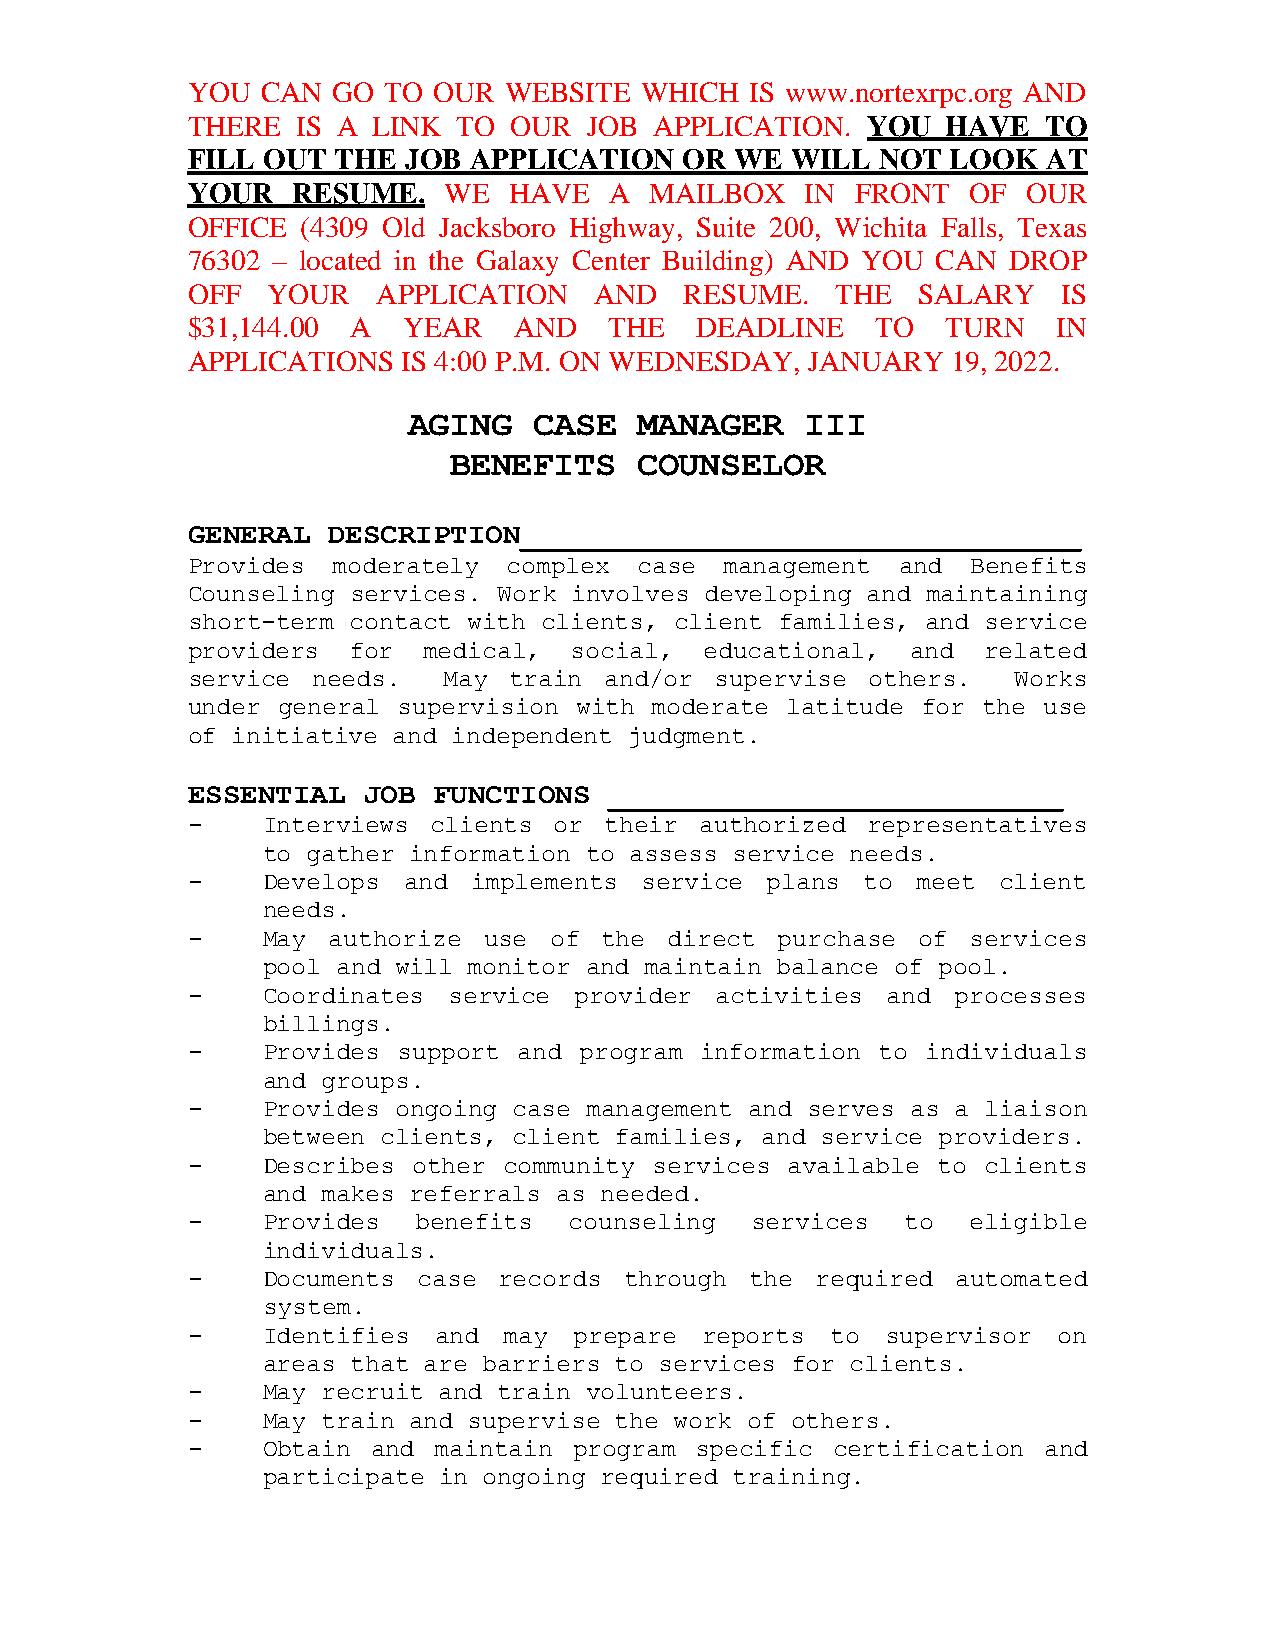
YOU  CAN  GO TO  OUR WEBSITE  WHICH   IS www.nortexrpc.org AND
 THERE   IS A LINK TO  OUR  JOB APPLICATION.  YOU   HAVE  TO
 FILL OUT  THE  JOB APPLICATION   OR  WE WILL  NOT  LOOK  AT
 YOUR   RESUME.   WE   HAVE  A  MAILBOX   IN  FRONT  OF  OUR
 OFFICE  (4309 Old Jacksboro Highway, Suite 200, Wichita Falls, Texas
 76302 – located in the Galaxy Center Building) AND YOU CAN DROP
 OFF   YOUR   APPLICATION   AND   RESUME.   THE   SALARY   IS
 $31,144.00 A   YEAR   AND   THE   DEADLINE    TO   TURN   IN
 APPLICATIONS   IS 4:00 P.M. ON WEDNESDAY, JANUARY  19, 2022.
 AGING   CASE   MANAGER    III
 BENEFITS    COUNSELOR
 GENERAL   DESCRIPTION________________________________
 Provides  moderately  complex case  management  and Benefits
 Counseling services. Work involves developing and maintaining
 short-term contact with clients, client families, and service
 providers  for  medical,  social,  educational, and  related
 service  needs.  May  train and/or supervise others.   Works
 under general supervision with moderate latitude for the use
 of initiative and independent judgment.
 ESSENTIAL   JOB  FUNCTIONS  __________________________
 -    Interviews  clients or their authorized representatives
 to gather information to assess service needs.
 -    Develops  and implements service  plans to  meet client
 needs.
 -    May  authorize use of  the direct  purchase of services
 pool and will monitor and maintain balance of pool.
 -    Coordinates  service provider activities  and processes
 billings.
 -    Provides support and program information to individuals
 and groups.
 -    Provides ongoing case management and serves as a liaison
 between clients, client families, and service providers.
 -    Describes other community services available to clients
 and makes referrals as needed.
 -    Provides   benefits  counseling  services  to  eligible
 individuals.
 -    Documents  case records through  the required automated
 system.
 -    Identifies  and may  prepare  reports to  supervisor on
 areas that are barriers to services for clients.
 -    May recruit and train volunteers.
 -    May train and supervise the work of others.
 -    Obtain  and maintain program specific certification and
 participate in ongoing required training.